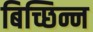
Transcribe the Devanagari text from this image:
बिच्छिन्न